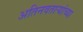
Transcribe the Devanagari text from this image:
अतिनवताऱ्यांच्या